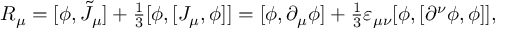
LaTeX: R _ { \mu } = [ \phi , \tilde { J } _ { \mu } ] + { \textstyle \frac 1 3 } [ \phi , [ J _ { \mu } , \phi ] ] = [ \phi , \partial _ { \mu } \phi ] + { \textstyle \frac 1 3 } \varepsilon _ { \mu \nu } [ \phi , [ \partial ^ { \nu } \phi , \phi ] ] ,